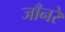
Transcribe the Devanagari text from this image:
जाँनरे